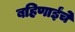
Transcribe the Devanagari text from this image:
बहिणाईंचे